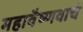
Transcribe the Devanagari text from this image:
महावैष्णवाचे